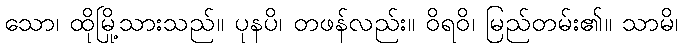
သော၊ ထိုမြို့သားသည်။ ပုနပိ၊ တဖန်လည်း။ ဝိရဝိ၊ မြည်တမ်း၏။ သာမိ၊